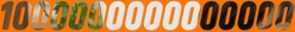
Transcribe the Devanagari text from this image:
१०००००००००००००००